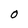
Character: 0